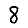
Digit: 8